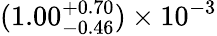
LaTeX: (1.00_{-0.46}^{+0.70})\times 10^{-3}